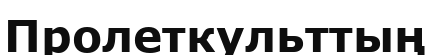
Пролеткульттың